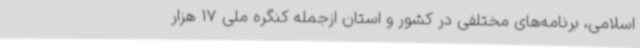
اسلامی، برنامه‌های مختلفی در کشور و استان ازجمله کنگره ملی 17 هزار